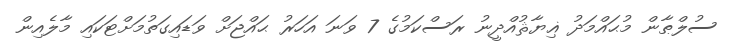
ސުލްޠާން މުޙައްމަދު ޣިޔާޘުއްދީނު ރަސްކަމުގެ 7 ވަނަ އަހަރު ޙައްޖަށް ވަޑައިގަތުމަށްޓަކައި މާލެއިން